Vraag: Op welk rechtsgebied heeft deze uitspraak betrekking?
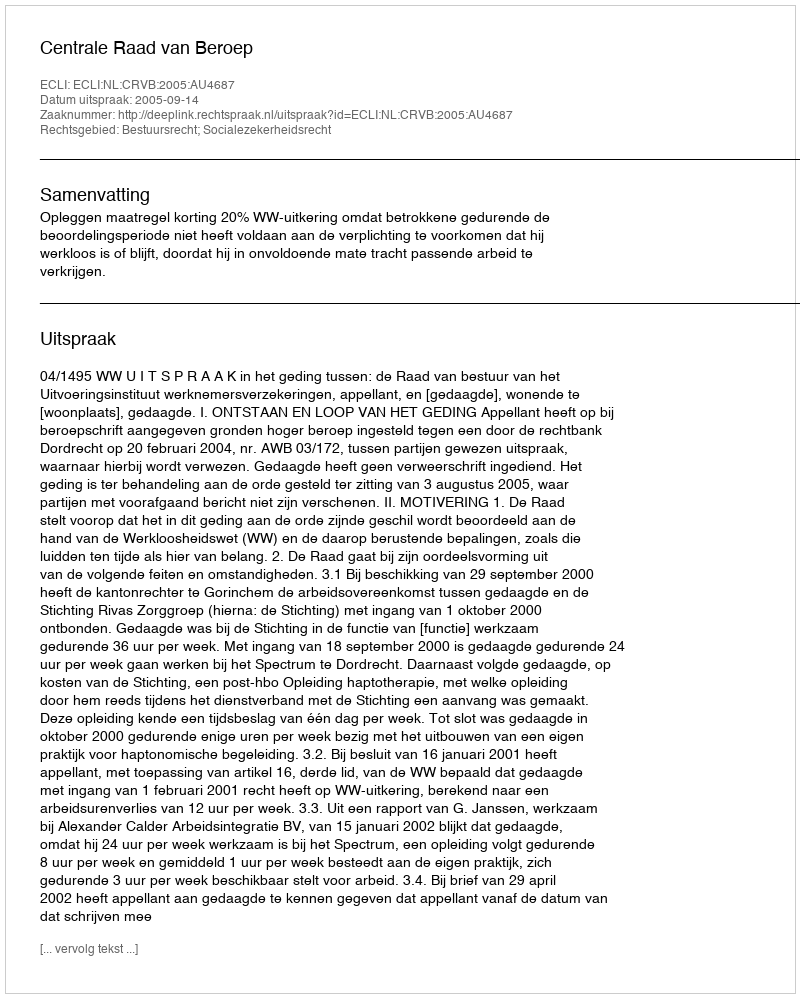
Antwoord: Bestuursrecht; Socialezekerheidsrecht